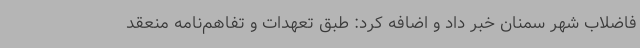
فاضلاب شهر سمنان خبر داد و اضافه کرد: طبق تعهدات و تفاهم‌نامه منعقد